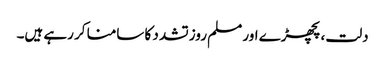
دلت، پچھڑے اور مسلم روز تشدد کا سامنا کر رہے ہیں۔